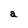
Character: a